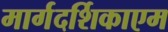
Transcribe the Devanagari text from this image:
मार्गदर्शिकाएम